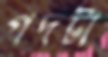
পদটা